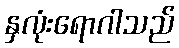
နှလုံးရောဂါသည်